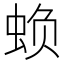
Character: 𮔅